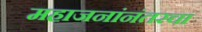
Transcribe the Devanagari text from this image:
महाजनांनंतरचा